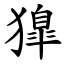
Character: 獋